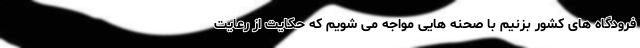
فرودگاه های کشور بزنیم با صحنه هایی مواجه می شویم که حکایت از رعایت